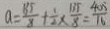
a = \frac { 1 3 5 } { 8 } + \frac { 1 } { 2 } \times \frac { 1 3 5 } { 8 } = \frac { 4 0 5 } { 1 6 }